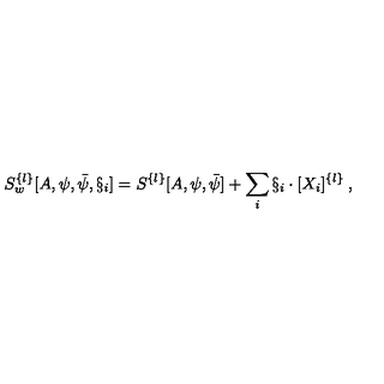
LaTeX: S _ { w } ^ { \{ l \} } [ A , \psi , \bar { \psi } , \S _ { i } ] = S ^ { \{ l \} } [ A , \psi , \bar { \psi } ] + \sum _ { i } \S _ { i } \cdot [ X _ { i } ] ^ { \{ l \} } \: ,